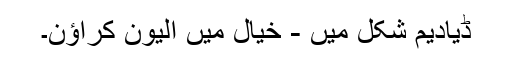
ڈیادیم شکل میں - خیال میں الیون کراؤن۔